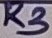
Text: R3